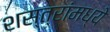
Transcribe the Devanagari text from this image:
शस्त्रांमध्ये